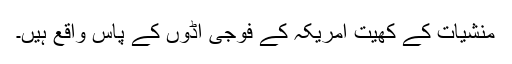
منشیات کے کھیت امریکہ کے فوجی اڈوں کے پاس واقع ہیں۔